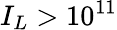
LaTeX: I_{L}>10^{11}